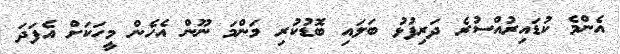
އެންމެ ކުޑައިރުއްސުރެ ދަރިފުޅު ބަލައި ބޮޑުކުރި މަންމަ ނޫން އެހެން މީހަކަށް އެފަދަ